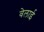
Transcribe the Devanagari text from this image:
वेलाई